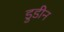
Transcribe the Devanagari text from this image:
डुडीन